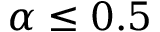
\alpha \leq 0 . 5